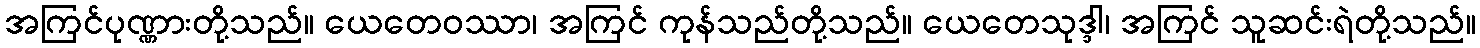
အကြင်ပုဏ္ဏားတို့သည်။ ယေတေဝဿာ၊ အကြင် ကုန်သည်တို့သည်။ ယေတေသုဒ္ဒါ၊ အကြင် သူဆင်းရဲတို့သည်။